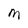
Character: M